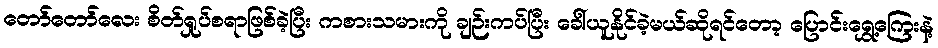
တော်တော်လေး စိတ်ရှုပ်စရာဖြစ်ခဲ့ပြီး ကစားသမားကို ချဉ်းကပ်ပြီး ခေါ်ယူနိုင်ခဲ့မယ်ဆိုရင်တော့ ပြောင်းရွှေ့ကြေးနဲ့